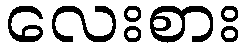
လေးစား